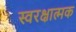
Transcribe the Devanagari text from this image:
स्वरक्षात्मक